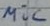
Text: mic